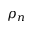
\rho _ { n }